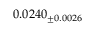
0 . 0 2 4 0 _ { \pm 0 . 0 0 2 6 }